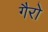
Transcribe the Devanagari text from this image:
गैरो